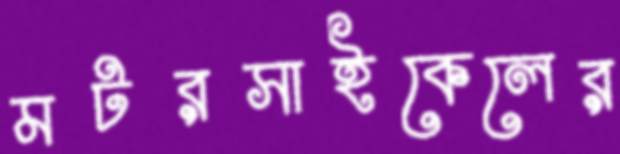
মটরসাইকেলের